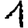
Digit: 1